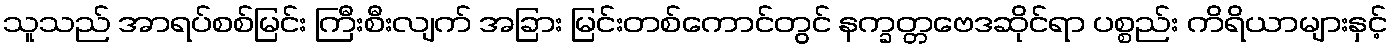
သူသည် အာရပ်စစ်မြင်း ကြီးစီးလျက် အခြား မြင်းတစ်ကောင်တွင် နက္ခတ္တဗေဒဆိုင်ရာ ပစ္စည်း ကိရိယာများနှင့်